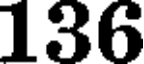
136